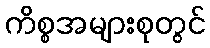
ကိစ္စအများစုတွင်